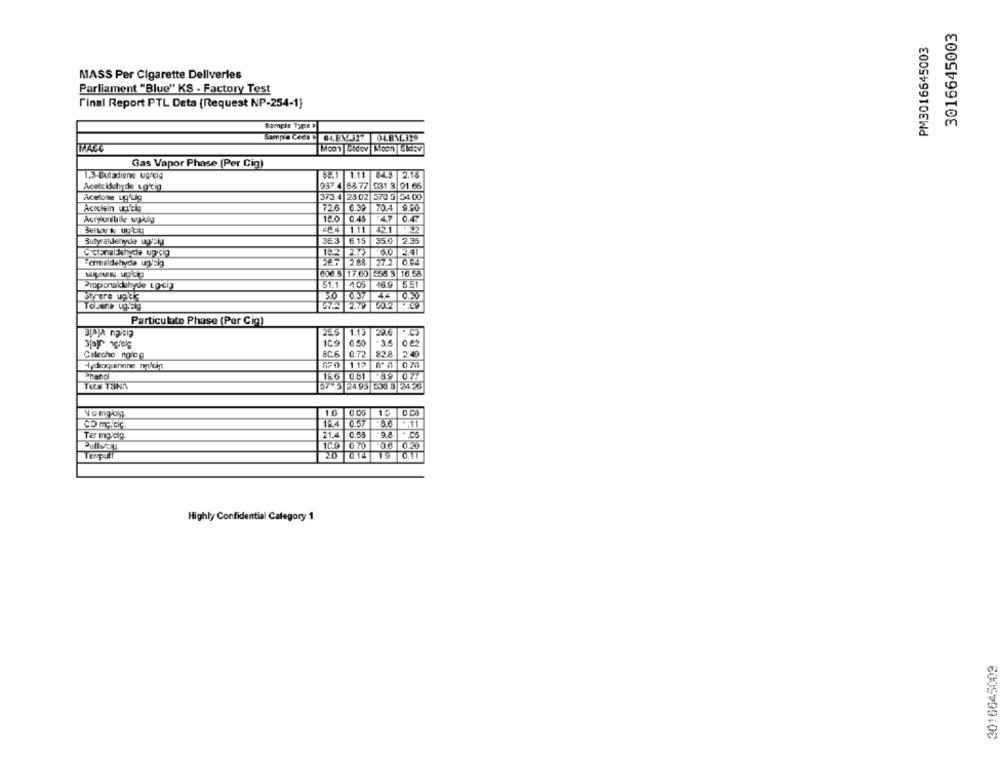
3016645003
PM3016645003
MASS Per Cigarette Deliveries
Parliament "Blue" KS - Factory Test
Final Report PTL Data (Request NP-254-1)
Sample Type
Sompie Ced 04.EM.EM OLBM.329
Gas Vapor Phase (Per Cig)
1.3-Butadiene Q/cia
82.1 1.11 84.3 2.18
Acotekichyde to'tig
937.4 58 77 931 3 91.66
Acelone ug'cig
373.4 23.02 570 5 54.00
6.39 70.4 9.80
Acıciein un'ci
726
12.0
0.45
.47
1.11
421
Butyraldehyde up'sly
3ER
6.15
35.0
2.35
C'etanalakhyde up.cig
183 273 6.0 2.41
2.88 27.2 0.4
006.3 17.00 555 3 16.58
Propionaldehyde LOciz
51.1
405
169
5.51
Strere une
44
0.30
Telsene ugyelg
Particulate Phase (Per Cig)
1.13
2016
1C9
0.50
Calecho notce
SC6
0.72
828
Hydroquinone mplcin
112
Phenol
186 081 89 07:
TON TSNA
57 5 2495 530 8 2426
10
0.00
10
Vomgon
184
0.57
Ter ingidig.
21.4
0.58
1049
0.70
08 0.20
Terpull
014
0.11
Highly Confidential Category 1
3016645009